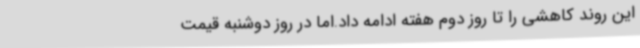
این روند کاهشی را تا روز دوم هفته ادامه داد.اما در روز دوشنبه قیمت